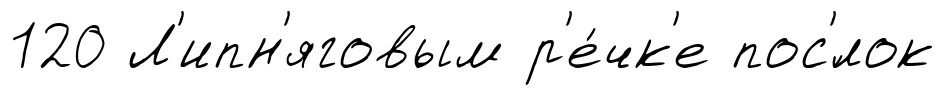
120 Л'ипн'яговым р'е́чк'е пос'́лок